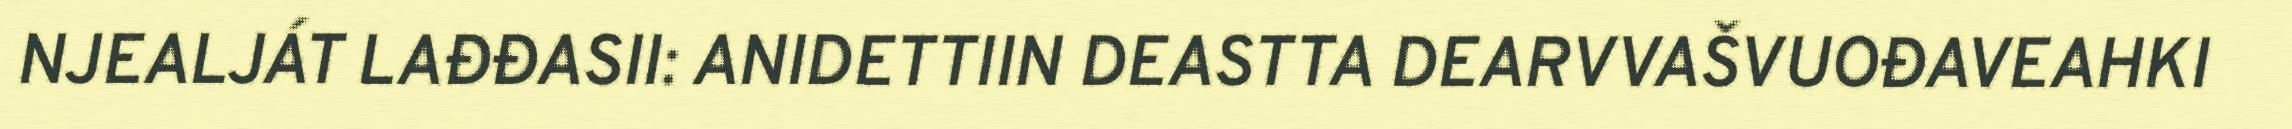
NJEALJÁT LAĐĐASII: ANIDETTIIN DEASTTA DEARVVAŠVUOĐAVEAHKI